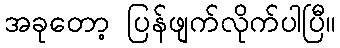
အခုတော့ ပြန်ဖျက်လိုက်ပါပြီ။